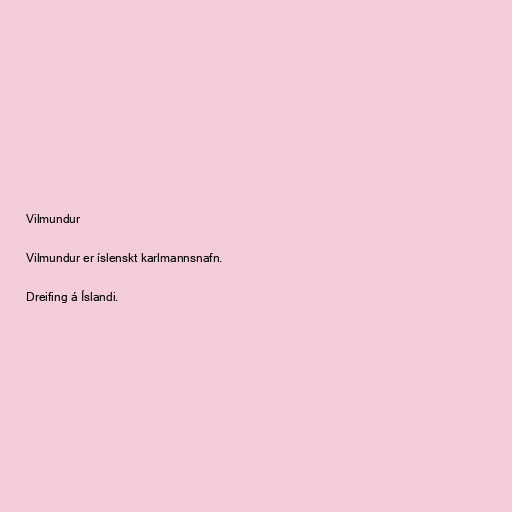
Vilmundur

Vilmundur er íslenskt karlmannsnafn.

Dreifing á Íslandi.